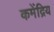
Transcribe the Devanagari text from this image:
कमेंद्रिय